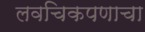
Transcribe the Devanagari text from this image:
लवचिकपणाचा